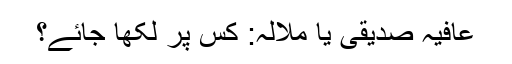
عافیہ صدیقی یا ملالہ: کس پر لکھا جائے؟